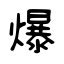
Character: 爆